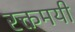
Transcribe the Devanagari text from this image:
रक्तमयी